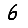
Digit: 6